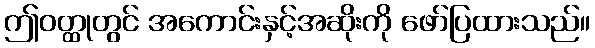
ဤဝတ္ထုတွင် အကောင်းနှင့်အဆိုးကို ဖော်ပြထားသည်။